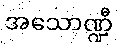
အသောဏ္ဍီ